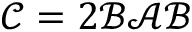
\mathcal { C } = 2 \mathcal { B } \mathcal { A } \mathcal { B }